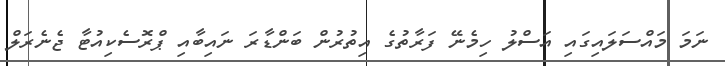
ނަމަ މައްސަލައިގައި އަސްލު ހިމެނޭ ފަރާތުގެ އިތުރުން ބަންޑާރަ ނައިބާއި ޕްރޮސެކިއުޓާ ޖެނެރަލް